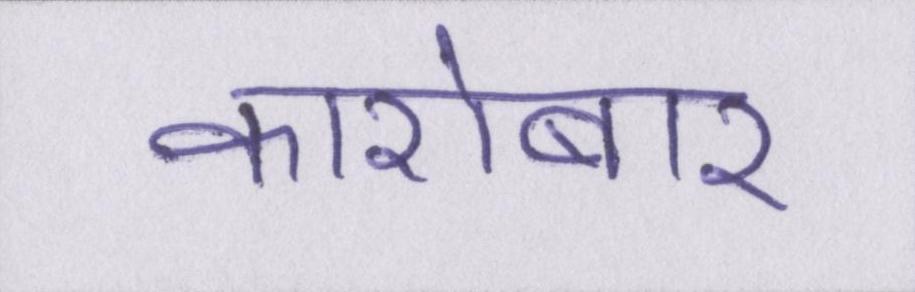
कारोबार